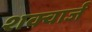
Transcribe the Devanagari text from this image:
शक्वार्ज